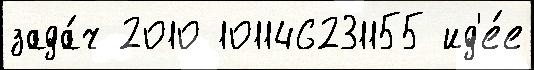
зада́ч 2010 101146231155 ид'е́е